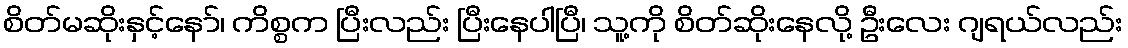
စိတ်မဆိုးနှင့်နော်၊ ကိစ္စက ပြီးလည်း ပြီးနေပါပြီ၊ သူ့ကို စိတ်ဆိုးနေလို့ ဦးလေး ဂျရယ်လည်း